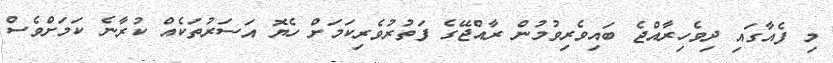
މި ފެއާގައި ދިވެހިރާއްޖެ ބައިވެރިވުމުން ރާއްޖޭގެ ފަތުރުވެރިކަމަށް ހެޔޮ އަސަރުތަކެއް ކުރާނެ ކަމަށްވެސް